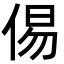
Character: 㑥